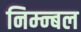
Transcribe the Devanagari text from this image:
निम्न्बल